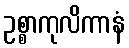
ဥစ္စာကုလိကာနံ